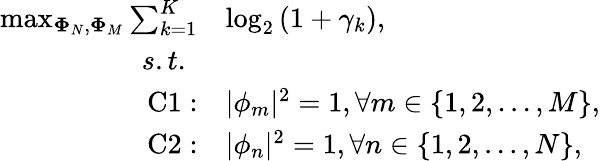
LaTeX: \begin{array}{rl}{\operatorname*{max}_{\mathbf{\Phi}_{N},\mathbf{\Phi}_{M}}\sum_{k=1}^{K}}&{\log_{2}\left(1+{\gamma}_{k}\right),}\\ {s.t.~}&{}\\ {\mathrm{C1}:}&{|\mathbf{\phi}_{m}|^{2}=1,\forall m\in\{ 1,2,...,M\} ,}\\ {\mathrm{C2}:}&{|\mathbf{\phi}_{n}|^{2}=1,\forall n\in\{ 1,2,...,N\} ,}\end{array}